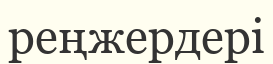
реңжердері